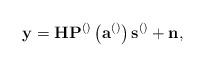
LaTeX: \begin{align*}\mathbf{y}=\mathbf{H}\mathbf{P}^{\left(\right)}\left(\mathbf{a}^{\left(\right)}\right)\mathbf{s}^{\left(\right)}+\mathbf{n}, \end{align*}